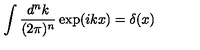
\int \frac { d ^ { n } k } { ( 2 \pi ) ^ { n } } \exp ( i k x ) = \delta ( x )